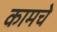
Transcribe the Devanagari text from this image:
कामचे